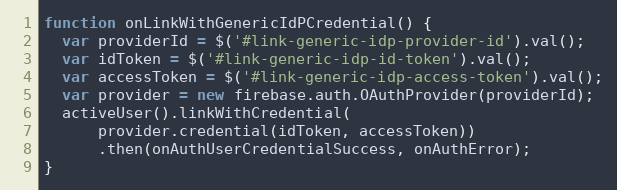
Language: JavaScript
function onLinkWithGenericIdPCredential() {
  var providerId = $('#link-generic-idp-provider-id').val();
  var idToken = $('#link-generic-idp-id-token').val();
  var accessToken = $('#link-generic-idp-access-token').val();
  var provider = new firebase.auth.OAuthProvider(providerId);
  activeUser().linkWithCredential(
      provider.credential(idToken, accessToken))
      .then(onAuthUserCredentialSuccess, onAuthError);
}